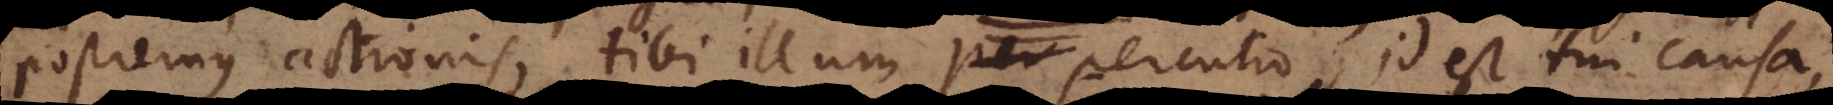
postremus actionis, tibi illum percutio, id est tui causa,